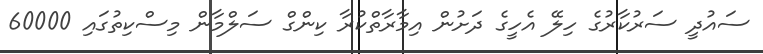
ސައުދީ ސަރުކާރުގެ ހިލޭ އެހީގެ ދަށުން އިމާރާތްކުރާ ކިންގް ސަލްމާން މިސްކިތުގައި 60000